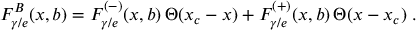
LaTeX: F _ { \gamma / e } ^ { B } ( x , b ) = F _ { \gamma / e } ^ { ( - ) } ( x , b ) \, \Theta ( x _ { c } - x ) + F _ { \gamma / e } ^ { ( + ) } ( x , b ) \, \Theta ( x - x _ { c } ) \; .